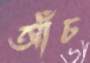
আঁচ